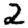
Digit: 2